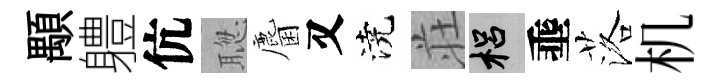
顒軆伉聦麕又澆荘梠埀落机